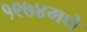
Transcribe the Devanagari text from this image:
१९७४मधे